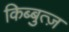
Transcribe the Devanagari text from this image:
किब्बुत्ज़